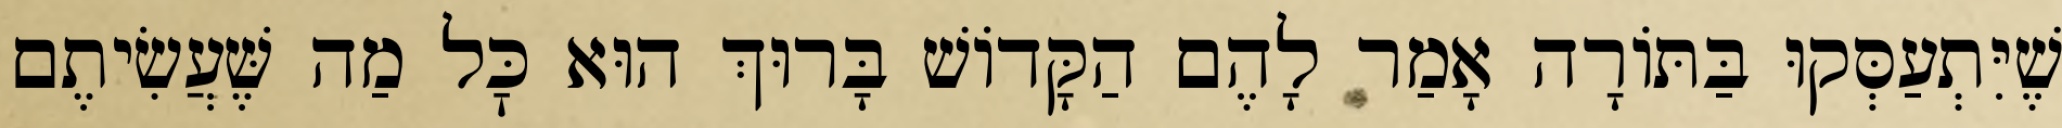
שֶׁיִּתְעַסְּקוּ בַּתּוֹרָה אָמַר לָהֶם הַקָּדוֹשׁ בָּרוּךְ הוּא כׇּל מַה שֶּׁעֲשִׂיתֶם